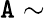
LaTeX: \tt{A}\sim